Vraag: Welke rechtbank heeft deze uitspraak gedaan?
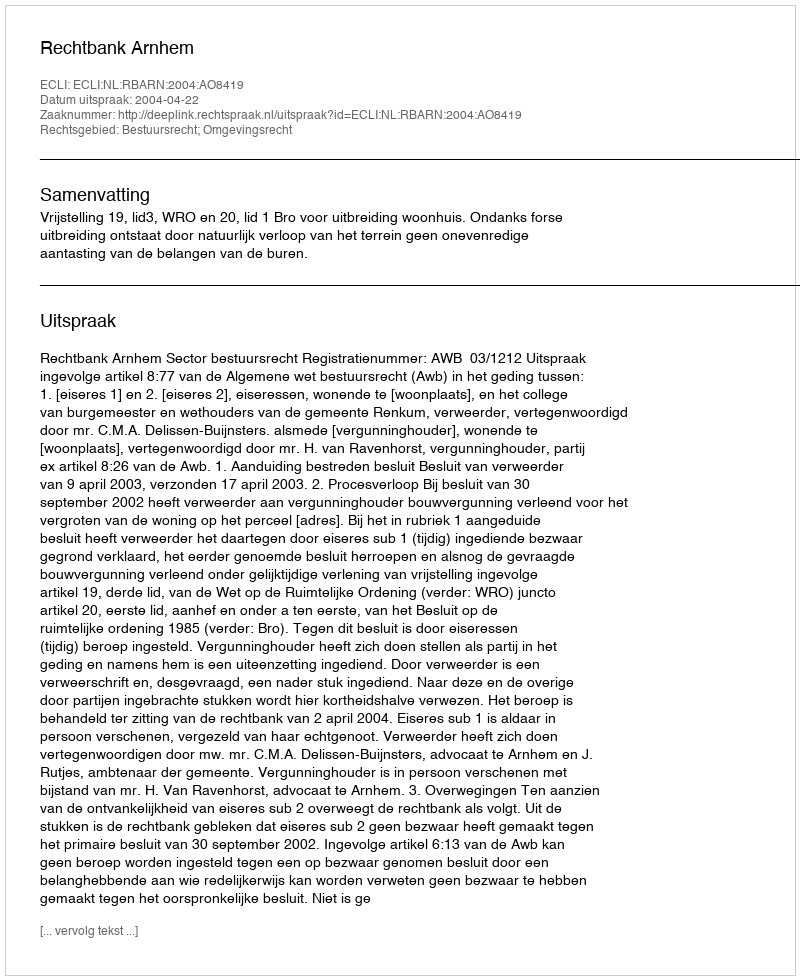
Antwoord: Rechtbank Arnhem